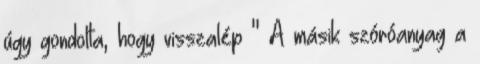
úgy gondolta, hogy visszalép " A másik szóróanyag a